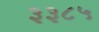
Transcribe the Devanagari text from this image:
३३८५